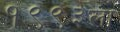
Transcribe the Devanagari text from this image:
१९९३ला